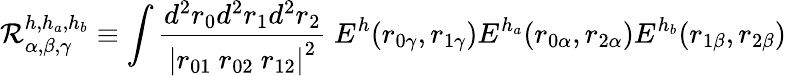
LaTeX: {\cal R}_{\alpha,\beta,\gamma}^{h,h_{a},h_{b}}\equiv\int\frac{d^{2}r_{0}d^{2}r_{1}d^{2}r_{2}}{\left|r_{01}\ r_{02}\ r_{12}\right|^{2}}\ E^{h}{\left(r_{0\gamma},r_{1\gamma}\right)}E^{h_{a}}{\left(r_{0\alpha},r_{2\alpha}\right)}E^{h_{b}}{\left(r_{1\beta},r_{2\beta}\right)}